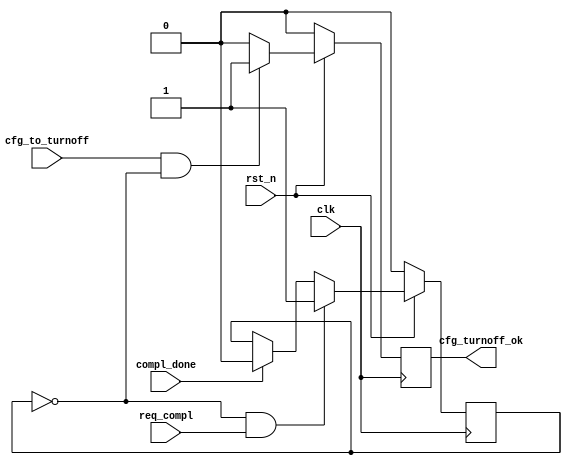
//-----------------------------------------------------------------------------
//
// (c) Copyright 2010-2011 Xilinx, Inc. All rights reserved.
//
// This file contains confidential and proprietary information
// of Xilinx, Inc. and is protected under U.S. and
// international copyright and other intellectual property
// laws.
//
// DISCLAIMER
// This disclaimer is not a license and does not grant any
// rights to the materials distributed herewith. Except as
// otherwise provided in a valid license issued to you by
// Xilinx, and to the maximum extent permitted by applicable
// law: (1) THESE MATERIALS ARE MADE AVAILABLE "AS IS" AND
// WITH ALL FAULTS, AND XILINX HEREBY DISCLAIMS ALL WARRANTIES
// AND CONDITIONS, EXPRESS, IMPLIED, OR STATUTORY, INCLUDING
// BUT NOT LIMITED TO WARRANTIES OF MERCHANTABILITY, NON-
// INFRINGEMENT, OR FITNESS FOR ANY PARTICULAR PURPOSE; and
// (2) Xilinx shall not be liable (whether in contract or tort,
// including negligence, or under any other theory of
// liability) for any loss or damage of any kind or nature
// related to, arising under or in connection with these
// materials, including for any direct, or any indirect,
// special, incidental, or consequential loss or damage
// (including loss of data, profits, goodwill, or any type of
// loss or damage suffered as a result of any action brought
// by a third party) even if such damage or loss was
// reasonably foreseeable or Xilinx had been advised of the
// possibility of the same.
//
// CRITICAL APPLICATIONS
// Xilinx products are not designed or intended to be fail-
// safe, or for use in any application requiring fail-safe
// performance, such as life-support or safety devices or
// systems, Class III medical devices, nuclear facilities,
// applications related to the deployment of airbags, or any
// other applications that could lead to death, personal
// injury, or severe property or environmental damage
// (individually and collectively, "Critical
// Applications"). Customer assumes the sole risk and
// liability of any use of Xilinx products in Critical
// Applications, subject only to applicable laws and
// regulations governing limitations on product liability.
//
// THIS COPYRIGHT NOTICE AND DISCLAIMER MUST BE RETAINED AS
// PART OF THIS FILE AT ALL TIMES.
//
//-----------------------------------------------------------------------------
// Project    : Series-7 Integrated Block for PCI Express
// Version    : 3.3
//--
//-- Description: Turn-off Control Unit.
//--
//--------------------------------------------------------------------------------

`timescale 1ps/1ps

(* DowngradeIPIdentifiedWarnings = "yes" *)
module PIO_TO_CTRL #(
  parameter TCQ = 1
) (
  input               clk,
  input               rst_n,

  input               req_compl,
  input               compl_done,

  input               cfg_to_turnoff,
  output  reg         cfg_turnoff_ok
  );

  reg                 trn_pending;



  //  Check if completion is pending


  always @ ( posedge clk ) begin

    if (!rst_n )
    begin

      trn_pending <= #TCQ 0;

    end
    else
    begin

      if (!trn_pending && req_compl)

        trn_pending <= #TCQ 1'b1;

      else if (compl_done)

        trn_pending <= #TCQ 1'b0;

    end

  end


  //  Turn-off OK if requested and no transaction is pending


  always @ ( posedge clk ) begin

    if (!rst_n )
    begin

      cfg_turnoff_ok <= #TCQ 1'b0;

    end
    else
    begin

      if ( cfg_to_turnoff  && !trn_pending)
        cfg_turnoff_ok <= #TCQ 1'b1;
      else
        cfg_turnoff_ok <= #TCQ 1'b0;

    end

  end


endmodule // PIO_TO_CTRL